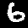
Label: 6